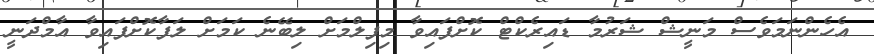
އެހެންނަމަވެސް މަނީޝް ޝަރުމާ ޑައިރެކްޓް ކޮށްފައިވާ މިފިލްމަށް ލިބޭނެ ކަމަށް ލަފާކޮށްފައިވާ އާމްދަނީ